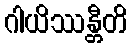
ဂါယိဿန္တီတိ